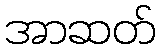
အာဆတ်